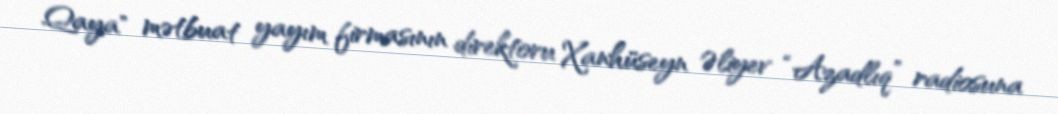
Qaya" mətbuat yayım firmasının direktoru Xanhüseyn Əliyev “Azadlıq” radiosuna